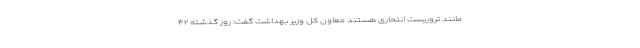
مانند تروریست انتحاری هستند معاون کل وزیر بهداشت گفت: روز گذشته ۴۲